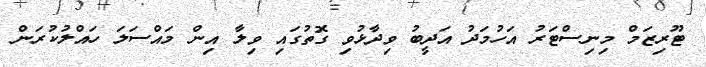
ޓޫރިޒަމް މިނިސްޓަރު އަހުމަދު އަދީބު ވިދާޅުވި ގޮތުގައި ވިލާ އިން މައްސަލަ ހައްލުކުރަން